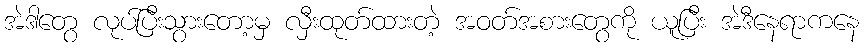
အဲဒါတွေ လုပ်ပြီးသွားတော့မှ လှီးထုတ်ထားတဲ့ အဝတ်အစားတွေကို ယူပြီး အဲဒီနေရာကနေ